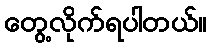
တွေ့လိုက်ရပါတယ်။